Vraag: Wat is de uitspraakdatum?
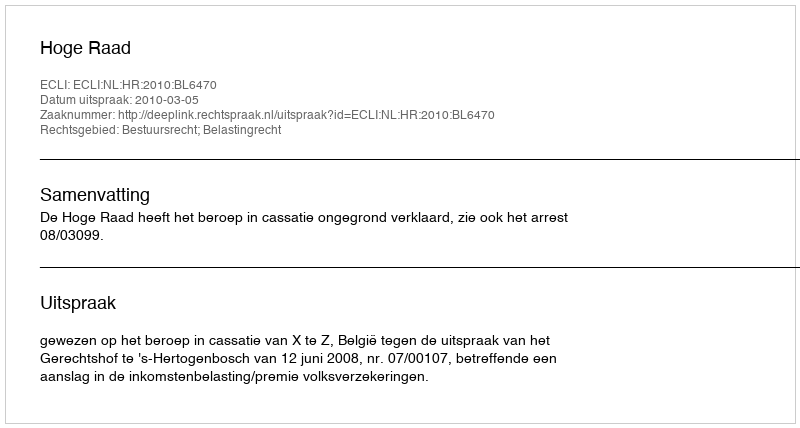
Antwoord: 2010-03-05